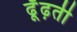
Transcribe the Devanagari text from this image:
ढूँढ़ती